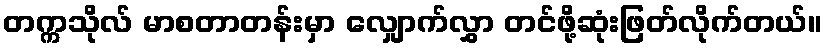
တက္ကသိုလ် မာစတာတန်းမှာ လျှောက်လွှာ တင်ဖို့ဆုံးဖြတ်လိုက်တယ်။